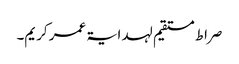
صراط مستقیم لہدایۃ عمر کریم۔